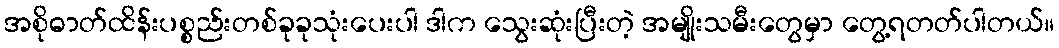
အစိုဓာတ်ထိန်းပစ္စည်းတစ်ခုခုသုံးပေးပါ ဒါက သွေးဆုံးပြီးတဲ့ အမျိုးသမီးတွေမှာ တွေ့ရတတ်ပါတယ်။